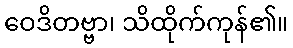
ဝေဒိတဗ္ဗာ၊ သိထိုက်ကုန်၏။